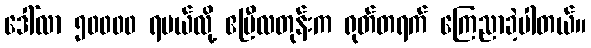
ဒေါ်လာ ၅၀၀၀၀ ရမယ်လို့ ဧပြီလတုန်းက ရုတ်တရက် ကြေညာခဲ့ပါတယ်။